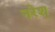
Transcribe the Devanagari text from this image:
नरेश्